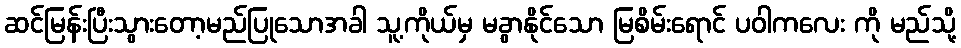
ဆင်မြန်းပြီးသွားတော့မည်ပြုသောအခါ သူ့ကိုယ်မှ မခွာနိုင်သော မြစိမ်းရောင် ပဝါကလေး ကို မည်သို့